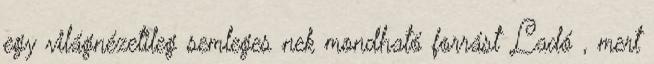
egy világnézetileg semleges nek mondható forrást Ladó , mert